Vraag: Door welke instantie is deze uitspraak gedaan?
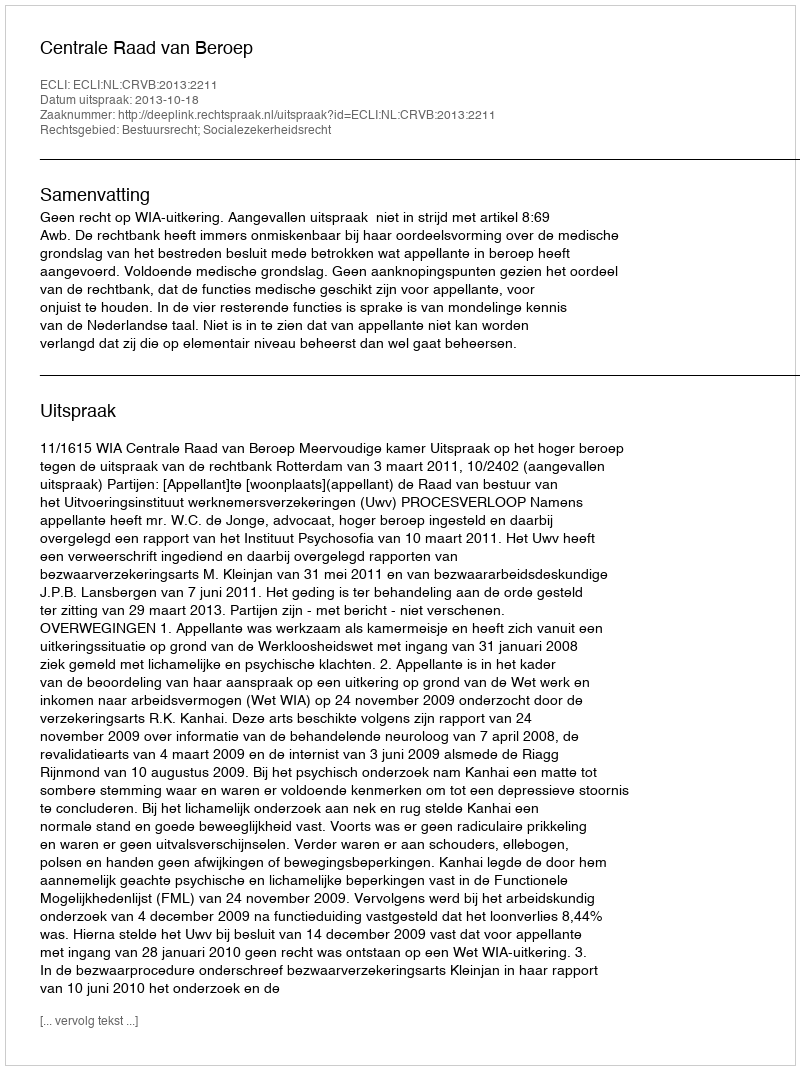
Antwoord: Centrale Raad van Beroep